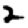
Digit: 2